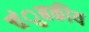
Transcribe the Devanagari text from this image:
चंुबकीय